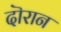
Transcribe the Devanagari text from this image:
दॊरान